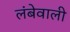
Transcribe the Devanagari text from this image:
लंबेवाली